Annual report of the Punjab Veterinary College and of the Civil Veterinary Department, Punjab - 1926-1932
Year: 1926
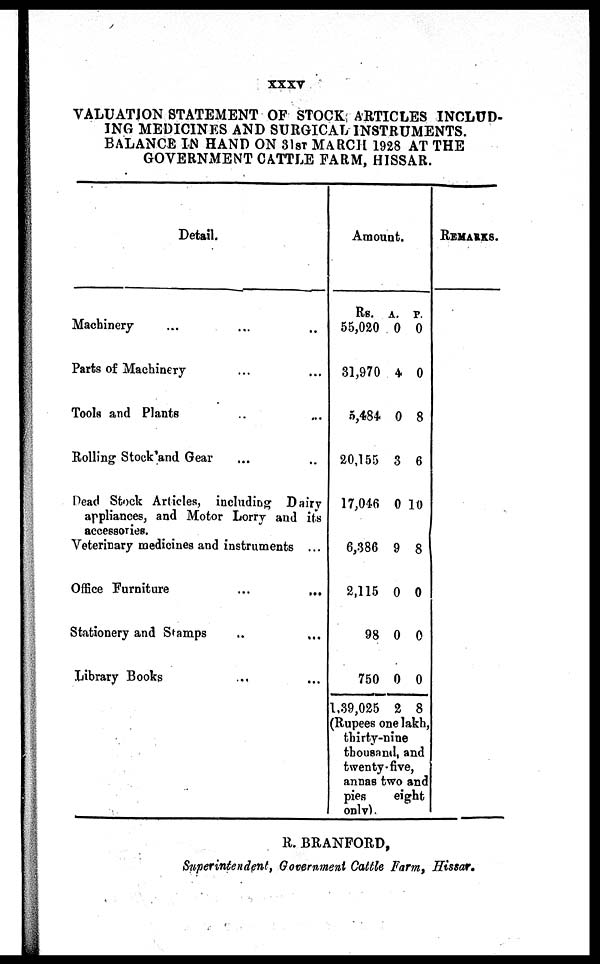
xxxv
VALUATION STATEMENT OF STOCK ARTICLES INCLUD-
ING MEDICINES AND SURGICAL INSTRUMENTS.
BALANCE IN HAND ON 31ST MARCH 1928 AT THE
GOVERNMENT CATTLE FARM, HISSAR.
Detail.
Machinery ... ... ...
Parts of Machinery ... ...
Tools and Plants ... ...
Rolling Stock and Gear ... ...
Dead Stock Articles, including Dairy
appliances, and Motor Lorry and its
accessories.
Veterinary medicines and instruments ...
Office Furniture ... ...
Stationery and Stamps ... ...
Library Books ... ...
Amount.
Rs.
55,020
31,970
5,484
20,155
17,046
6,386
2,115
98
750
1,39,025
A.
0
4
0
3
0
9
0
0
0
2
P.
0
0
8
6
10
8
0
0
0
8
(Rupees one lakh,
thirty-nine
thousand, and
twenty-five,
annas two and
pies
eight
only).
REMARKS.
R. BRANFORD,
Superintendent, Government Cattle Farm, Hissar.